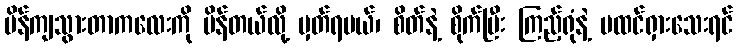
ပိန်ကျသွားတာကလေးကို ပိန်တယ်လို့ မှတ်ရမယ်၊ စိတ်နဲ့ စိုက်ပြီး ကြည့်ရုံနဲ့ မထင်ရှားသေးရင်